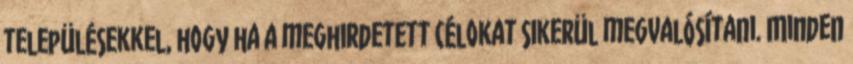
településekkel, hogy ha a meghirdetett célokat sikerül megvalósítani. Minden